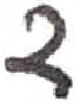
אות: ד